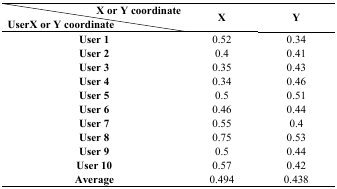
| X or Y coordinate | <ROWSPAN=3> X | <ROWSPAN=3> Y |
 | UserX or Y coordinate |
 | --- | --- | --- |
 | User 1 | 0.52 | 0.34 |
 | User 2 | 0.4 | 0.41 |
 | User 3 | 0.35 | 0.43 |
 | User 4 | 0.34 | 0.46 |
 | User 5 | 0.5 | 0.51 |
 | User 6 | 0.46 | 0.44 |
 | User 7 | 0.55 | 0.4 |
 | User 8 | 0.75 | 0.53 |
 | User 9 | 0.5 | 0.44 |
 | User 10 | 0.57 | 0.42 |
 | Average | 0.494 | 0.438 |